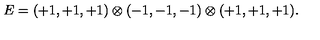
E = ( + 1 , + 1 , + 1 ) \otimes ( - 1 , - 1 , - 1 ) \otimes ( + 1 , + 1 , + 1 ) . \,